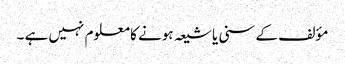
مؤلف کے سنی یا شیعہ ہونے کا معلوم نہیں ہے ۔